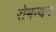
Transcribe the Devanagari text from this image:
रोमन्थन